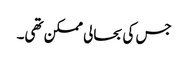
جس کی بحالی ممکن تھی۔